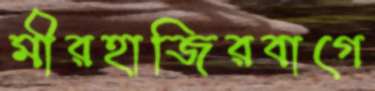
মীরহাজিরবাগে